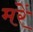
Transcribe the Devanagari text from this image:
मरें